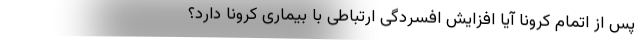
پس از اتمام کرونا آیا افزایش افسردگی ارتباطی با بیماری کرونا دارد؟